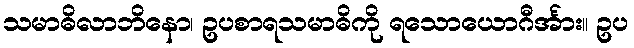
သမာဓိလာဘိနော၊ ဥပစာရသမာဓိကို ရသောယောဂီင်္အား။ ဥပ